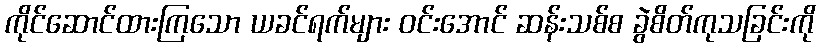
ကိုင်ဆောင်ထားကြသော ယခင်ရက်များ ဝင်းအောင် ဆန်းသစ်စ ခွဲစိတ်ကုသခြင်းကို